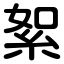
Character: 絮